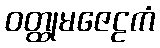
ဝတ္ထုမဇေဠကံ